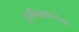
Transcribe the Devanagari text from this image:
ट्रान्स्क्रिप्टेस